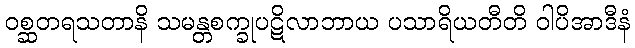
ဝစ္ဆတရသတာနိ သမန္တစက္ခုပဋိလာဘာယ ပသာရိယတီတိ ဝါပိအာဒီနံ